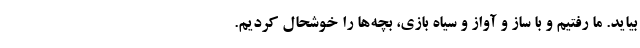
بیاید. ما رفتیم و با ساز و آواز و سیاه بازی، بچه‌ها را خوشحال کردیم.